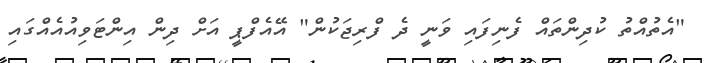
"އެތުއްތު ކުދިންތައް ފެނިފައި ވަނީ ދެ ފްރިޖަކުން" އޭއެފްޕީ އަށް ދިން އިންޓަވިއުއެއްގައި